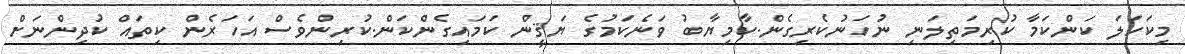
މިކަހަލަ ކަންކަމާ ކުރިމަތިލަނި ނުހަނުކެރިގެން.ކާމިޔާބު ވަނެކަމުގެ ޔަޤީން ކަމައިގެންކަން.ކުރިންވެސް އަހަރެން ކިތައް ކުދިންނަށް